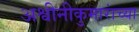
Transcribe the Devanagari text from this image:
अश्वीनीकुमारांच्या